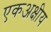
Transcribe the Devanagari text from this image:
एकअक्षीय